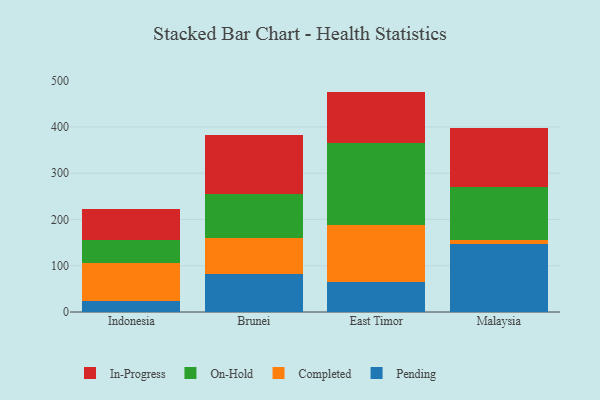
{"axis": {"x": "Country", "y": "Population (Million)"}, "legend": ["Completed", "In-Progress", "On-Hold", "Pending"], "data": [{"x": "Indonesia", "y": 23.2, "type": "Pending"}, {"x": "Indonesia", "y": 82.0, "type": "Completed"}, {"x": "Indonesia", "y": 50.0, "type": "On-Hold"}, {"x": "Indonesia", "y": 67.5, "type": "In-Progress"}, {"x": "Brunei", "y": 83.1, "type": "Pending"}, {"x": "Brunei", "y": 77.3, "type": "Completed"}, {"x": "Brunei", "y": 95.1, "type": "On-Hold"}, {"x": "Brunei", "y": 127.3, "type": "In-Progress"}, {"x": "East Timor", "y": 65.7, "type": "Pending"}, {"x": "East Timor", "y": 121.4, "type": "Completed"}, {"x": "East Timor", "y": 177.6, "type": "On-Hold"}, {"x": "East Timor", "y": 111.7, "type": "In-Progress"}, {"x": "Malaysia", "y": 146.3, "type": "Pending"}, {"x": "Malaysia", "y": 8.5, "type": "Completed"}, {"x": "Malaysia", "y": 116.2, "type": "On-Hold"}, {"x": "Malaysia", "y": 126.8, "type": "In-Progress"}]}